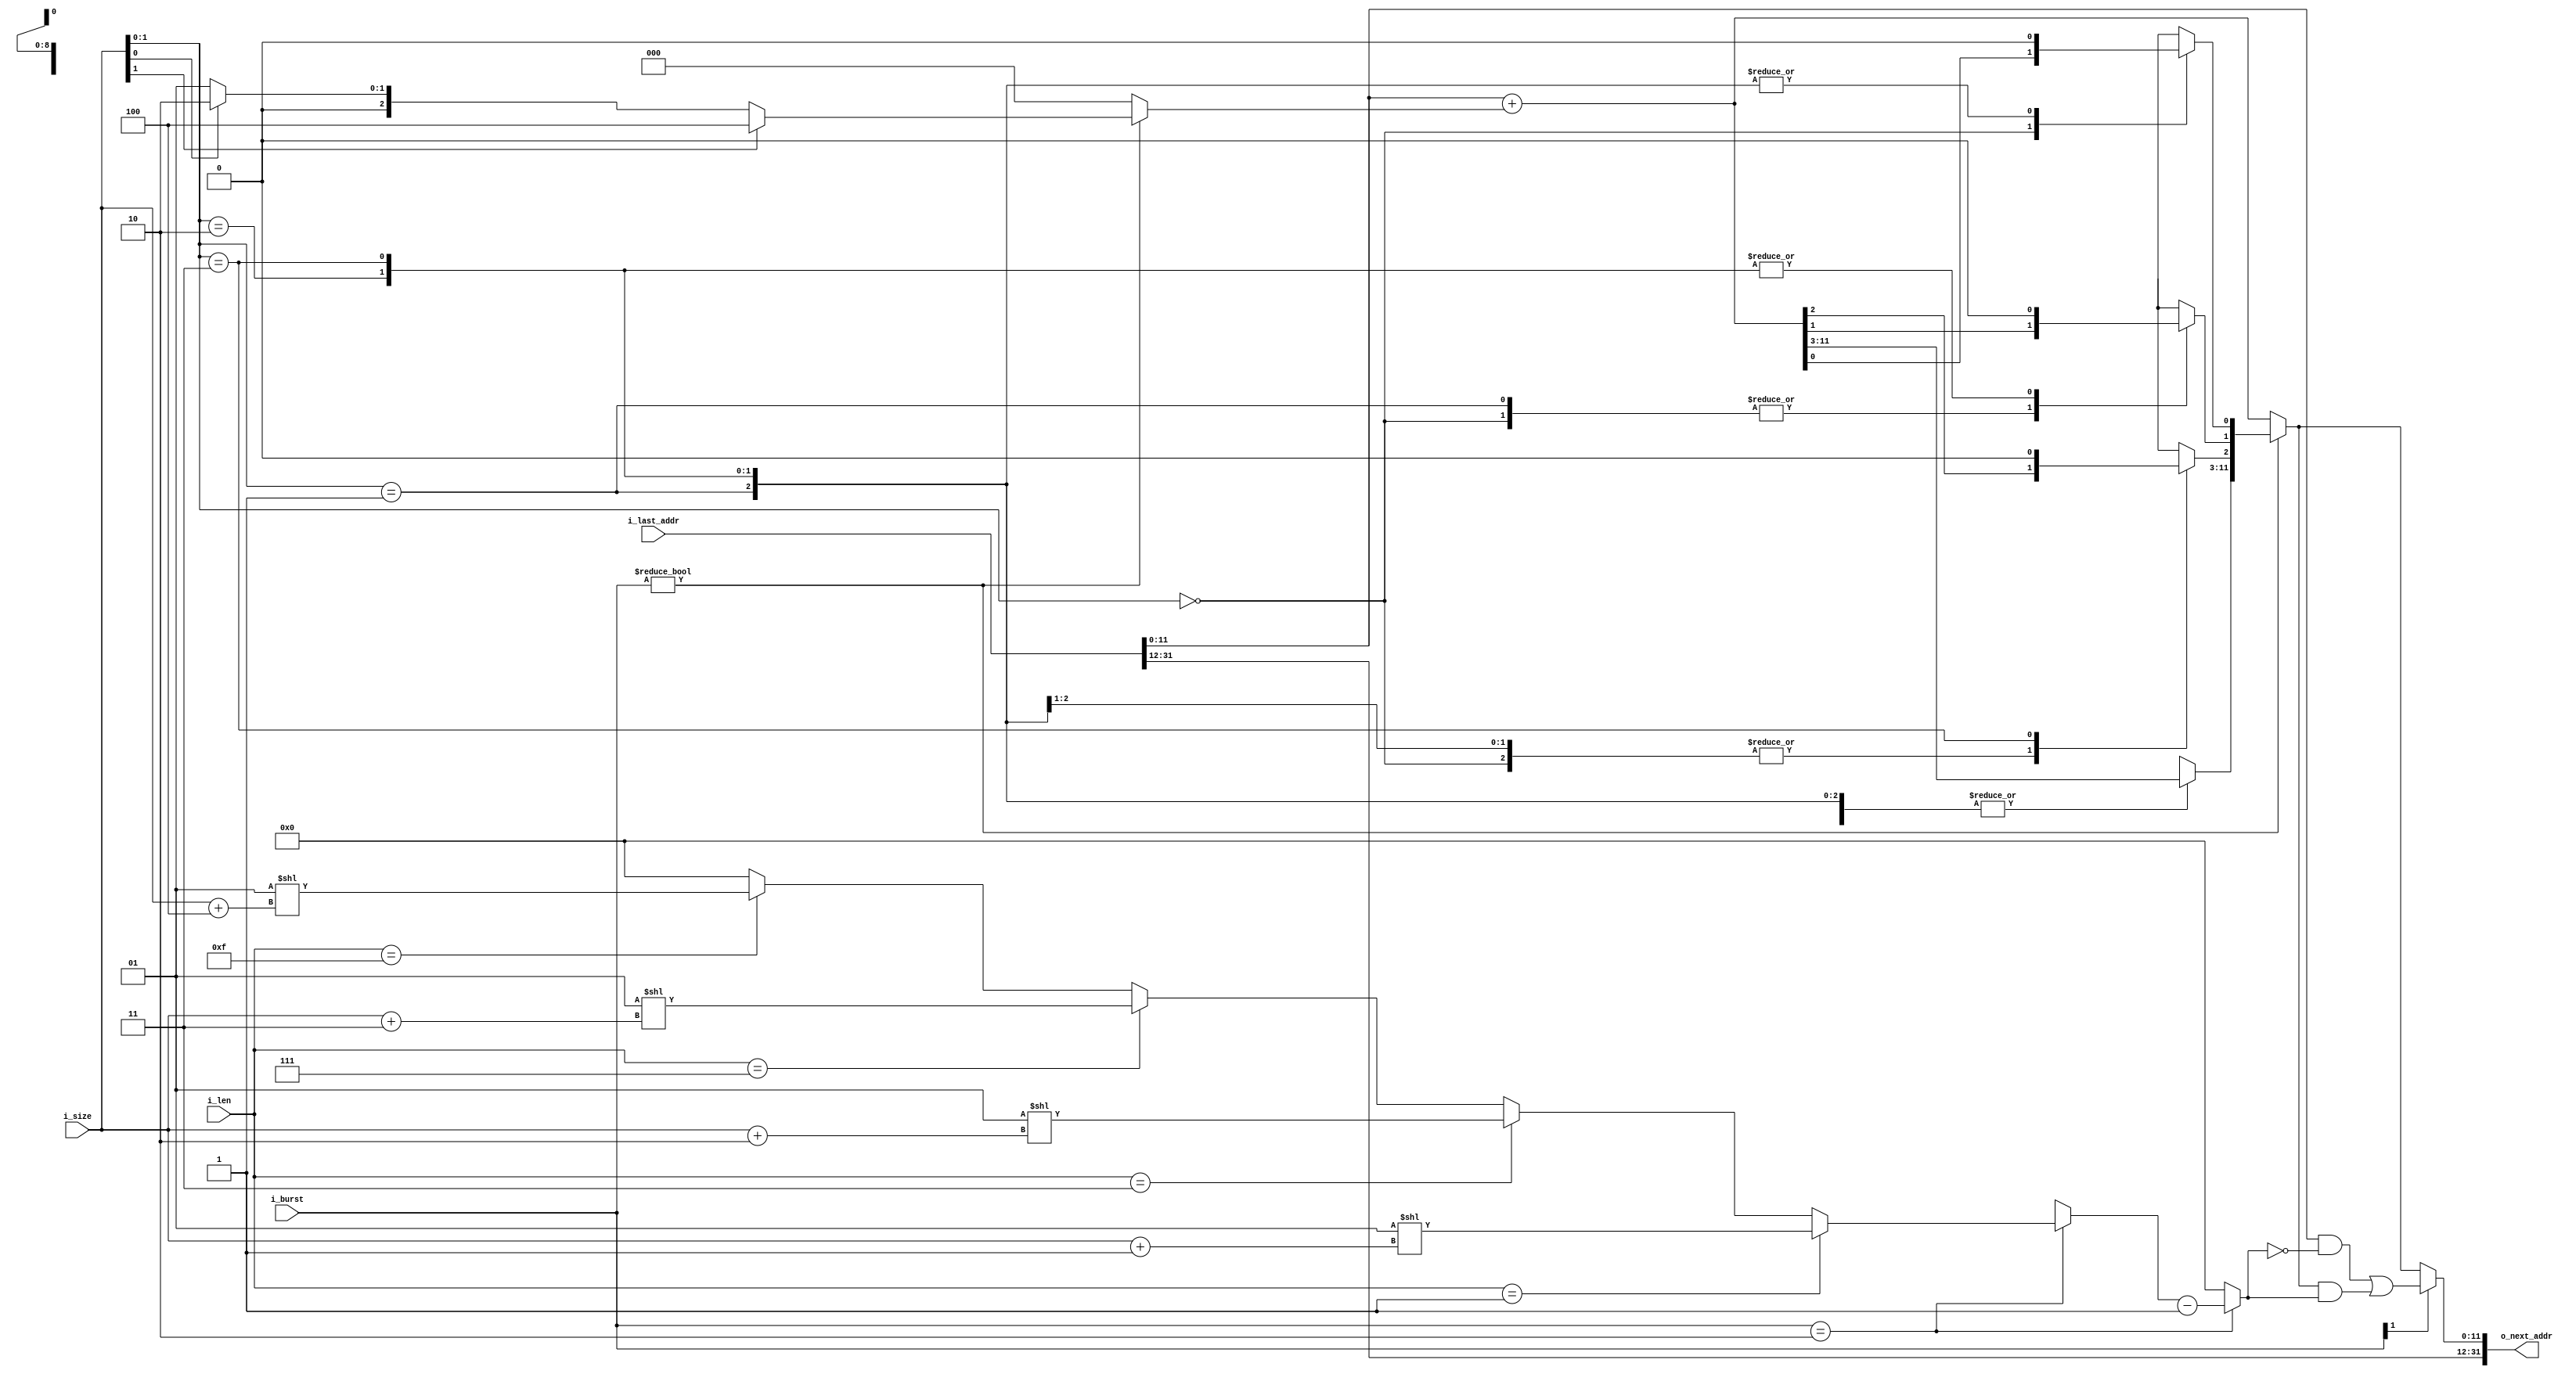
module axi_addr #(
        parameter AW = 32,
        parameter DW = 32
    )(
    input  [AW-1 : 0] i_last_addr,
    input  [2 : 0]    i_size,
    input  [1 : 0]    i_burst,
    input  [7 : 0]    i_len,
    output [AW-1 : 0] o_next_addr
    );

    localparam DSZ = $clog2(DW) - 3; // 字节数取指

    localparam FIXED     = 2'b00,
               INCREMENT = 2'b01,
               WRAP      = 2'b10;

    reg [AW-1 : 0] wrap_mask, increment;
    reg [AW-1 : 0] o_next_addr;

    // increment
    always @(*) begin
        increment = 0;
        if (i_burst != FIXED) begin
            if (DSZ == 0) begin
                increment = 1;
            end
            else if (DSZ == 1) begin
                increment = i_size[0] ? 2 : 1;
            end
            else if (DSZ == 2) begin
                increment = i_size[1] ? 4 : (i_size[0] ? 2 : 1);
            end
            else if (DSZ == 3) begin
                case (i_size[1 : 0])
                    2'b00: increment = 1;
                    2'b01: increment = 2;
                    2'b10: increment = 4;
                    2'b11: increment = 8;
                endcase
            end
            else begin
                increment = (1 << i_size);
            end
        end
    end

    // wrap_mask
    always @(*) begin
        wrap_mask = 'b0;
        if (i_burst == WRAP) begin
            if (i_len == 1) begin
                wrap_mask = (1 << (i_size + 1));
            end
            else if (i_len == 3) begin
                wrap_mask = (1 << (i_size + 2));
            end
            else if (i_len == 7) begin
                wrap_mask = (1 << (i_size + 3));
            end
            else if (i_len == 15) begin
                wrap_mask = (1 << (i_size + 4));
            end

            wrap_mask = wrap_mask - 1;

            if (AW > 12) begin
                wrap_mask[(AW-1) : ((AW >12) ? 12 : (AW-1))] = 'b0;
            end
        end
    end

    // next_addr, aligned addess
    always @(*) begin
        o_next_addr = i_last_addr + increment;
        if (i_burst != FIXED) begin
            if (DSZ < 2) begin
                o_next_addr = i_size[0];
            end
            else if (DSZ < 4) begin
                case(i_size[1 : 0]) 
                    2'b00: o_next_addr        = o_next_addr;
                    2'b01: o_next_addr[0]     = 1'b0;
                    2'b10: o_next_addr[1 : 0] = 'b0;
                    2'b11: o_next_addr[2 : 0] = 'b0;
                endcase
            end
            else begin
                case(i_size) 
                    3'b000: o_next_addr        = o_next_addr;
                    3'b001: o_next_addr[0]     = 1'b0;
                    3'b010: o_next_addr[1 : 0] = 'b0;
                    3'b011: o_next_addr[2 : 0] = 'b0;
                    3'b100: o_next_addr[3 : 0] = 'b0;
                    3'b101: o_next_addr[4 : 0] = 'b0;
                    3'b110: o_next_addr[5 : 0] = 'b0;
                    3'b111: o_next_addr[6 : 0] = 'b0;
                endcase
            end
        end
        if (i_burst[1]) begin
            o_next_addr = (i_last_addr & ~wrap_mask) | (o_next_addr & wrap_mask);
        end
        if (AW > 12) begin
            o_next_addr[(AW-1) : ((AW >12) ? 12 : (AW-1))] = i_last_addr[(AW-1) : ((AW >12) ? 12 : (AW-1))];
        end
    end
endmodule